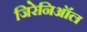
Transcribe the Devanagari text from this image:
जिरेनिऑल